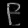
Digit: ၉